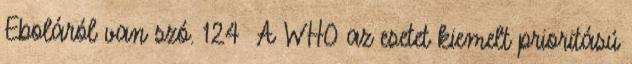
Eboláról van szó. 124 A WHO az esetet kiemelt prioritású